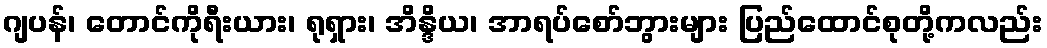
ဂျပန်၊ တောင်ကိုရီးယား၊ ရုရှား၊ အိန္ဒိယ၊ အာရပ်စော်ဘွားများ ပြည်ထောင်စုတို့ကလည်း